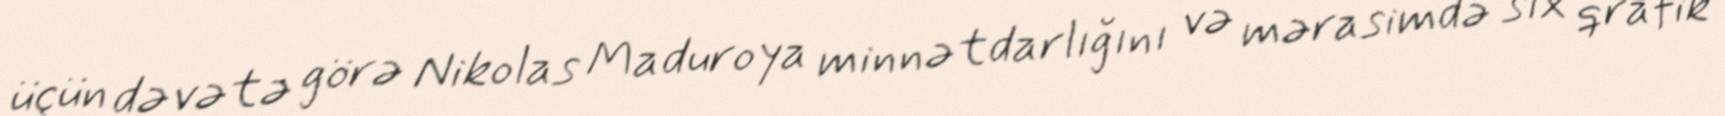
üçün dəvətə görə Nikolas Maduroya minnətdarlığını və mərasimdə sıx qrafik